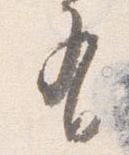
有